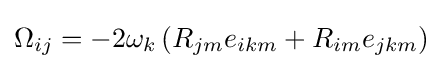
\Omega _{ij}=-2\omega _{k}\left(R_{jm}e_{ikm}+R_{im}e_{jkm}\right)